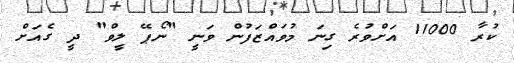
ކުރާ 11000 އަށްވުރެ ގިނަ މުވައްޒަފުން ވަނީ "ނޯޕޭ ލީވް" ދީ ގެއަށް